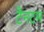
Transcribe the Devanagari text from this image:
टैनटम